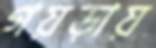
গয়ড়ায়